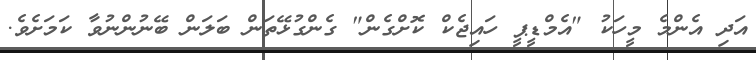
އަދި އެންމެ މީހަކު "އެމްޑީޕީ ހައިޖެކް ކޮށްގެން" ގެންގުޅޭތަން ބަލަން ބޭނުންނުވާ ކަމަށެވެ.